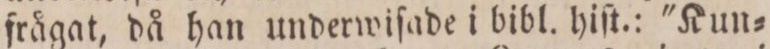
frågat, då han underwiſade i bibl. hiſt.: 'Kun=